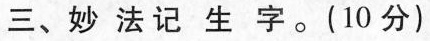
三、妙法记生字。(10分)